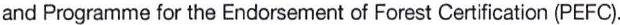
and Programme for the Endorsement of Forest Certification (PEFC).